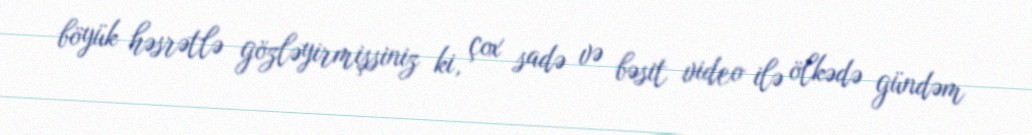
böyük həsrətlə gözləyirmişsiniz ki, çox sadə və bəsit video ilə ölkədə gündəm